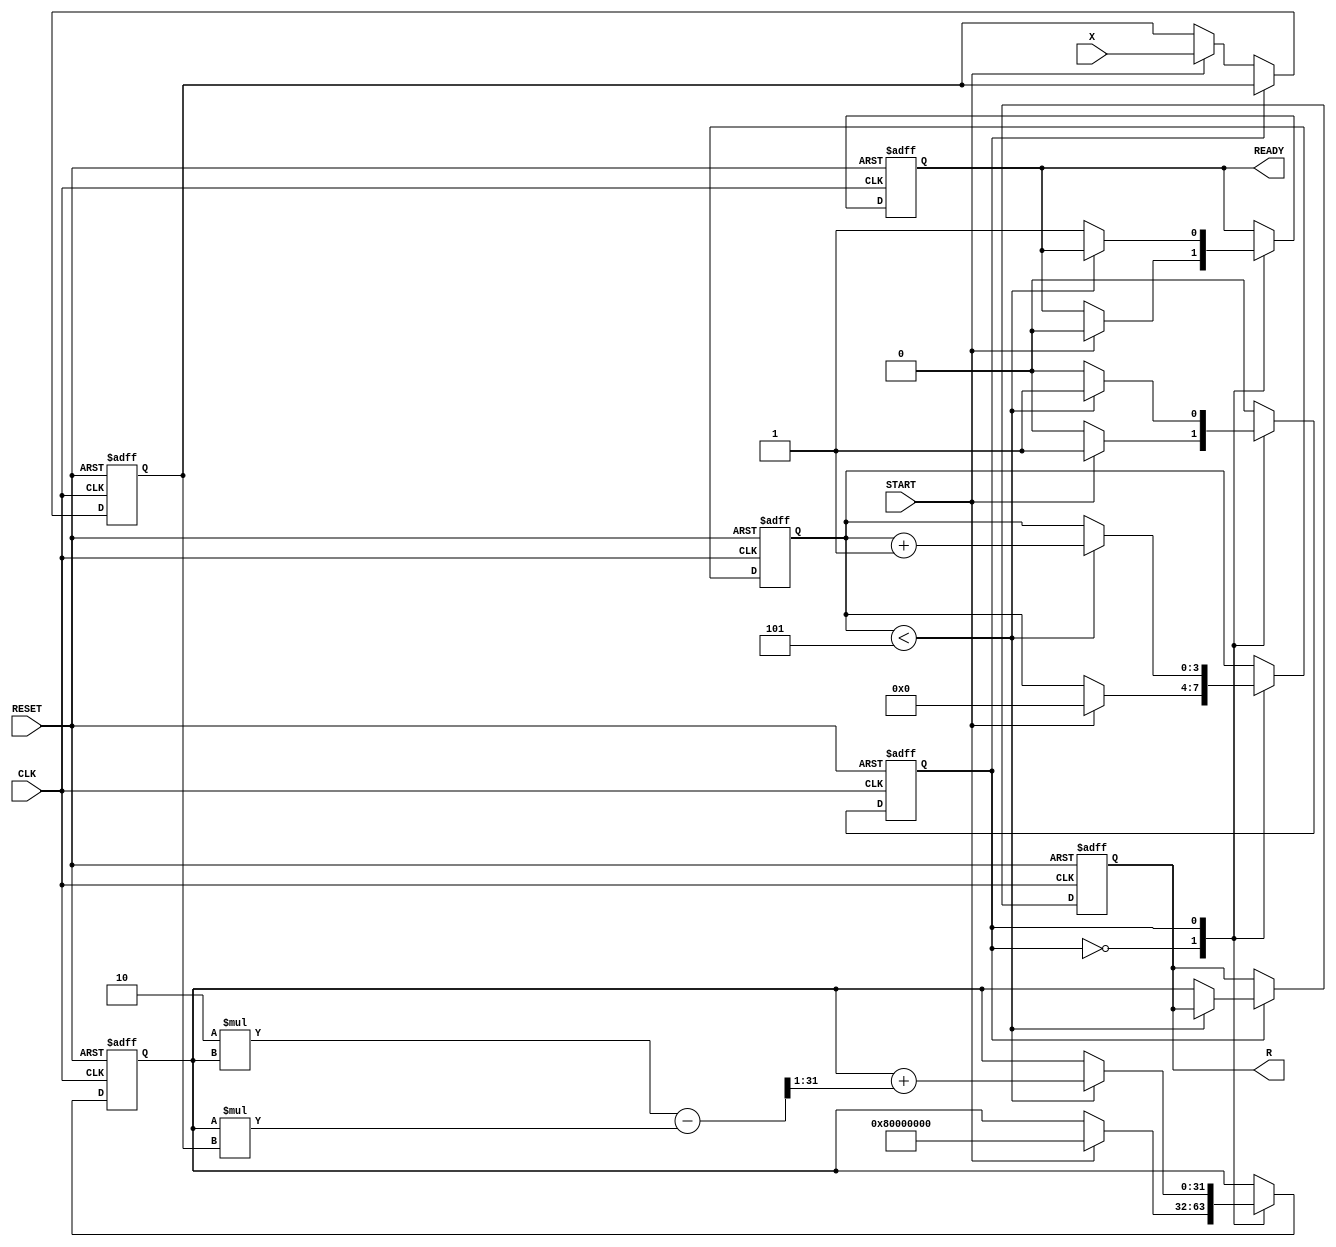
module NewtonRaphsonReciprocal #(
    parameter WIDTH = 32,          // Width of the input and output
    parameter MAX_ITER = 5         // Maximum number of iterations
)(
    input  wire [WIDTH-1:0] X,     // Input Data
    input  wire START,               // Start Signal
    input  wire CLK,                 // Clock Signal
    input  wire RESET,               // Reset Signal
    output reg  [WIDTH-1:0] R,       // Reciprocal Result
    output reg READY                 // Ready Signal
);

    reg [WIDTH-1:0] X_reg;           // Register for input value
    reg [WIDTH-1:0] R_reg;           // Register for the current approximation
    reg [3:0] iteration_count;        // Iteration counter
    reg state;                        // State flag for control

    // State encoding
    localparam IDLE = 1'b0;
    localparam COMPUTE = 1'b1;

    // Multiplier and Adder/Subtractor
    wire [WIDTH-1:0] product;
    wire [WIDTH-1:0] correction;

    // Compute product: R_reg * X_reg
    assign product = R_reg * X_reg;

    // Compute correction: 2 - (X * R)
    assign correction = {1'b0, (2 * R_reg)} - product;

    always @(posedge CLK or posedge RESET) begin
        if (RESET) begin
            // Reset all registers and outputs
            X_reg <= 0;
            R_reg <= 0;
            iteration_count <= 0;
            R <= 0;
            READY <= 0;
            state <= IDLE;
        end else begin
            case (state)
                IDLE: begin
                    if (START) begin
                        // Load input and initialize R_reg
                        X_reg <= X;
                        R_reg <= (1 << (WIDTH-1)); // Initial guess: 1.0 (in fixed-point)
                        iteration_count <= 0;
                        READY <= 0;
                        state <= COMPUTE;
                    end
                end

                COMPUTE: begin
                    if (iteration_count < MAX_ITER) begin
                        // Update R_reg using Newton-Raphson formula
                        R_reg <= R_reg + (correction >> 1); // R_new = R_old + (correction / 2)
                        iteration_count <= iteration_count + 1;
                    end else begin
                        // Finished iterations
                        R <= R_reg; // Assign final result
                        READY <= 1; // Indicate that the result is ready
                        state <= IDLE; // Go back to IDLE state
                    end
                end

                default: state <= IDLE; // Default case to avoid latches
            endcase
        end
    end

endmodule